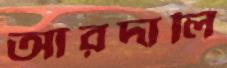
আরদালি